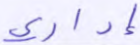
إداري